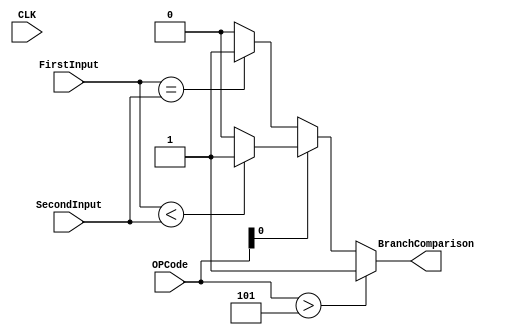
module Comparator(
	input [15:0] FirstInput,
	input [15:0] SecondInput,
   	input [0:0] CLK,
	input [2:0] OPCode,
   	output reg [0:0]BranchComparison
);

always @ (*)
begin
	if (OPCode > 5) begin
		BranchComparison = 1;
	end
	else begin
		if (OPCode[0] == 0) begin
			if (FirstInput == SecondInput) begin 
			BranchComparison = 1;
			end
			else BranchComparison = 0;
		end
		else begin
			if (FirstInput < SecondInput) begin
				BranchComparison = 1;
			end
			else BranchComparison = 0;
		end
	end
end
endmodule